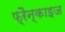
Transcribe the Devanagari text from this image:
फ़्रैन्काइज